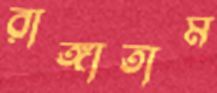
রাঙ্গাতাম